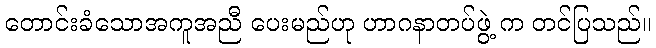
တောင်းခံသောအကူအညီ ပေးမည်ဟု ဟာဂနာတပ်ဖွဲ့ က တင်ပြသည်။